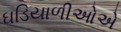
ઘડિયાળીઓએ